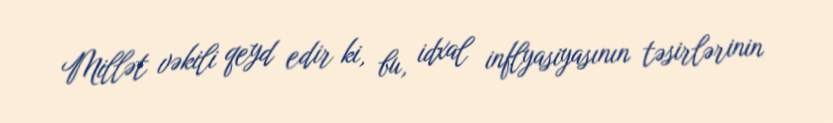
Millət vəkili qeyd edir ki, bu, idxal inflyasiyasının təsirlərinin